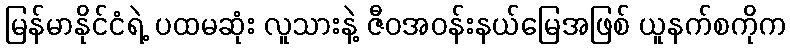
မြန်မာနိုင်ငံရဲ့ ပထမဆုံး လူသားနဲ့ ဇီဝအဝန်းနယ်မြေအဖြစ် ယူနက်စကိုက